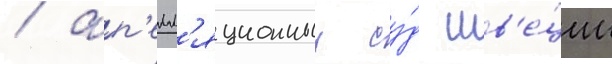
/ ап'елл'яционныи су́д шв'е́ции